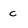
Character: c